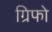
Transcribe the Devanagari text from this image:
ग्रिफो